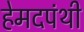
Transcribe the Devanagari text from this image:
हेमदपंथी